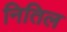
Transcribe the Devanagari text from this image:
नितिल